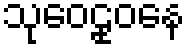
သုဝေဠုဝနေ